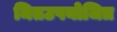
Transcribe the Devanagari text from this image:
मितउपयोजित्र